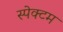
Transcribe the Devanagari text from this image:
स्पेक्टम